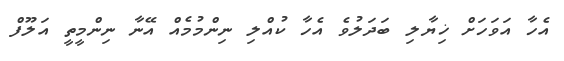
އެހާ އަވަހަށް ޚިޔާލި ބަދަލުވެ އެހާ ކުއްލި ނިންމުމެއް އޭނާ ނިންމީތީ އަލޫފް